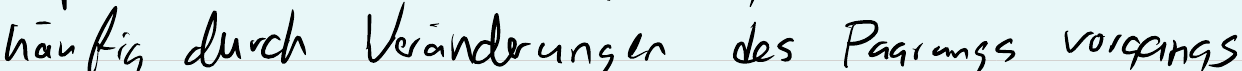
häufig durch Veränderungen des Parungsvorgangs